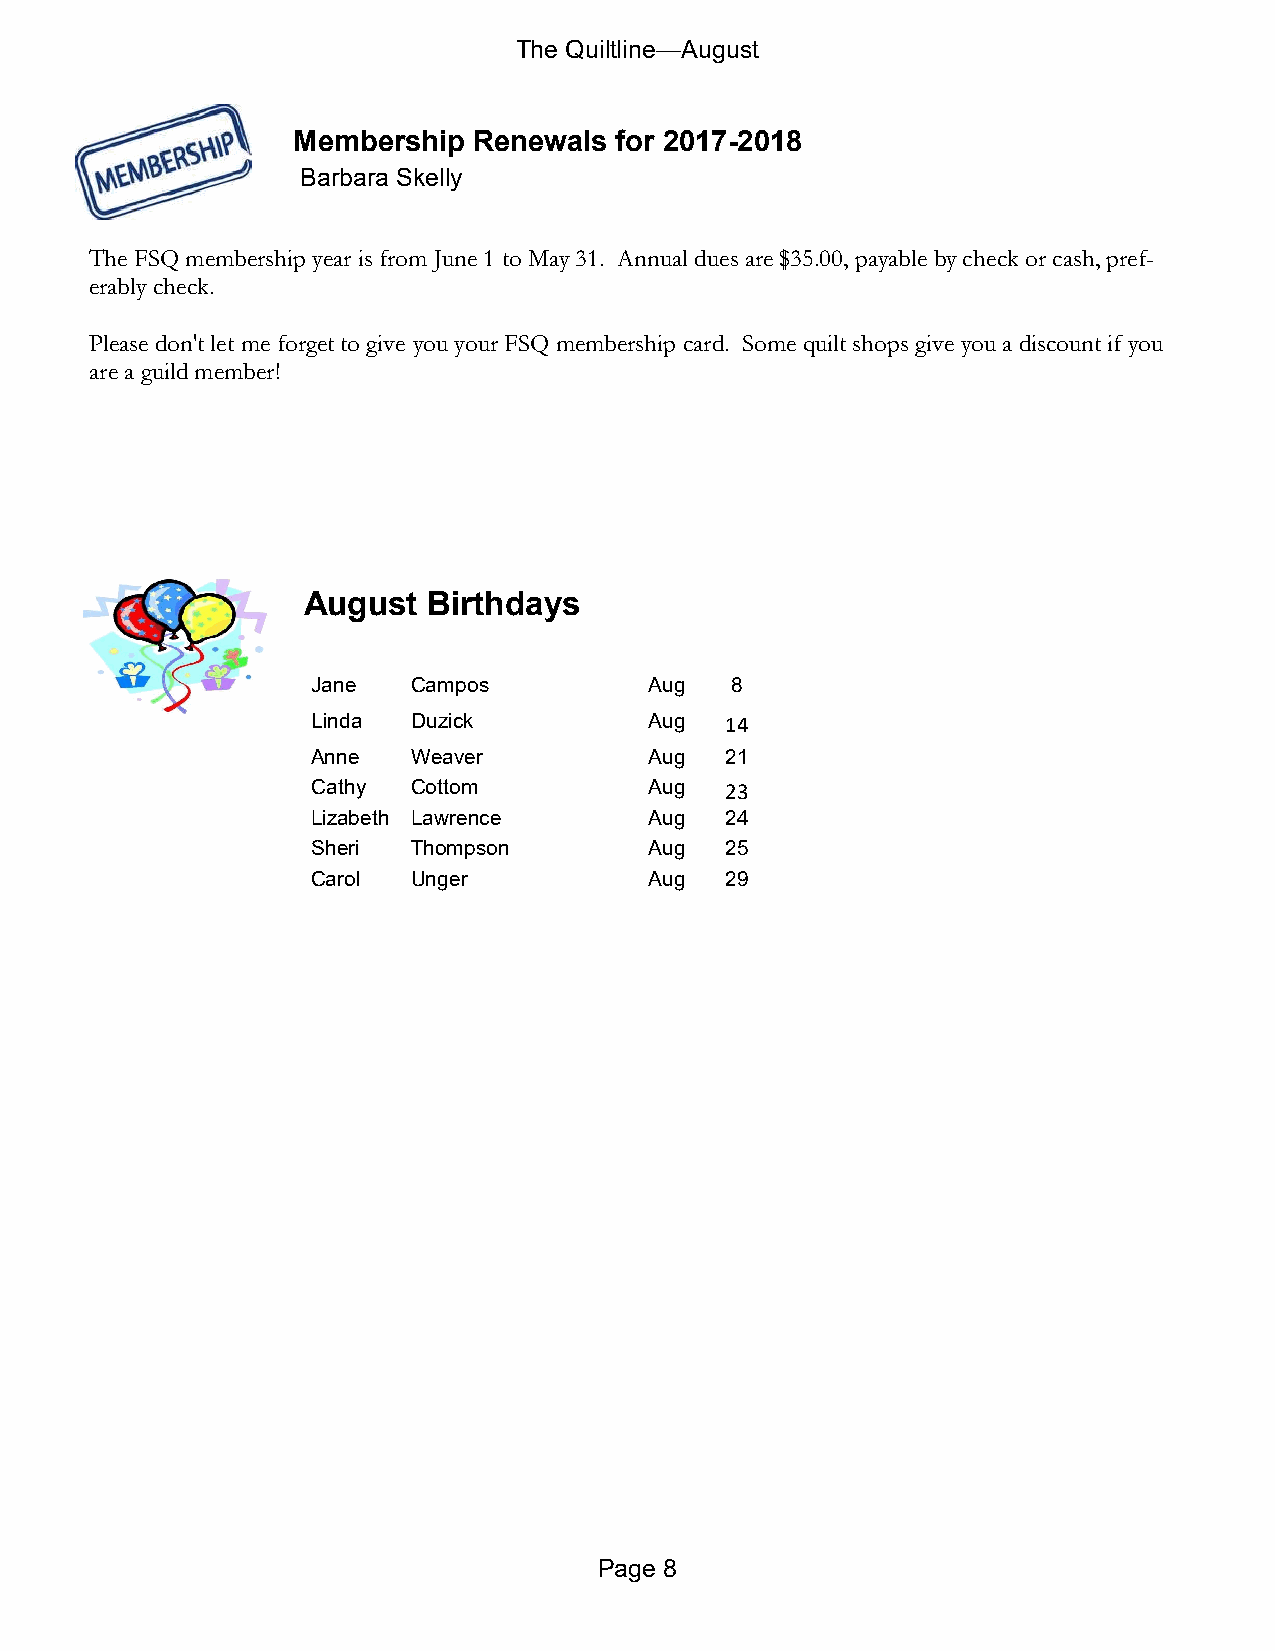
The Quiltline—August
 Membership  Renewals  for 2017-2018
 Barbara Skelly
 The FSQ membership year is from June 1 to May 31. Annual dues are $35.00, payable by check or cash, pref-
 erably check.
 Please don't let me forget to give you your FSQ membership card. Some quilt shops give you a discount if you
 are a guild member!
 August  Birthdays
 Jane  Campos          Aug  8
 Linda Duzick          Aug  14
 Anne  Weaver          Aug  21
 Cathy Cottom          Aug  23
 Lizabeth Lawrence     Aug  24
 Sheri Thompson        Aug  25
 Carol Unger           Aug  29
 Page 8